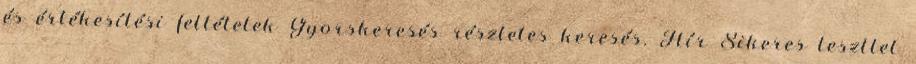
és értékesítési feltételek Gyorskeresés részletes keresés. Hír Sikeres teszttel